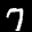
Label: 7